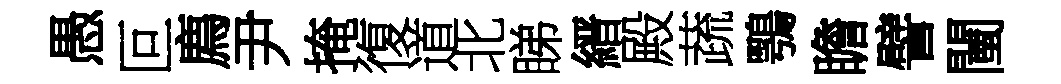
愚叵廌尹掩復道北睇縉殿蔬鶚瞻譬闉